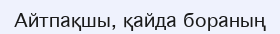
Айтпақшы, қайда бораның